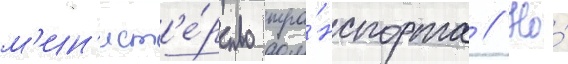
м'ин'ист'е́рство тра́нспорта // Но́